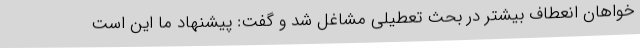
خواهان انعطاف بیشتر در بحث تعطیلی مشاغل شد و گفت: پیشنهاد ما این است